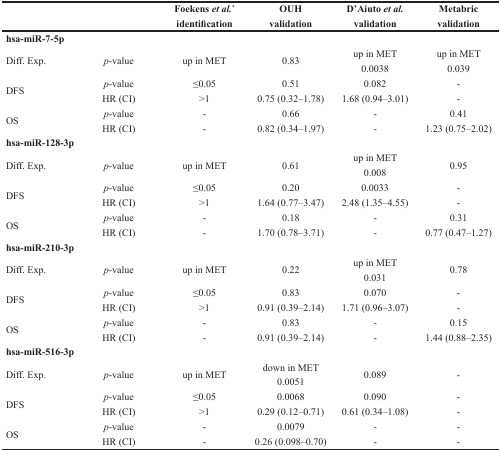
<table><thead><tr><td colspan="2"></td><td><b>Foekens <i>et al.</i><sup>*</sup>identification</b></td><td><b>OUHvalidation</b></td><td><b>D’Aiuto <i>et al.</i>validation</b></td><td><b>Metabricvalidation</b></td></tr></thead><tbody><tr><td><b>hsa-miR-7-5p</b></td><td></td><td></td><td></td><td></td><td></td></tr><tr><td rowspan="2">Diff. Exp.</td><td rowspan="2"><i>p</i>-value</td><td rowspan="2">up in MET</td><td rowspan="2">0.83</td><td>up in MET</td><td>up in MET</td></tr><tr><td>0.0038</td><td>0.039</td></tr><tr><td rowspan="2">DFS</td><td><i>p</i>-value</td><td>≤0.05</td><td>0.51</td><td>0.082</td><td>-</td></tr><tr><td>HR (CI)</td><td>&gt;1</td><td>0.75 (0.32–1.78)</td><td>1.68 (0.94–3.01)</td><td>-</td></tr><tr><td rowspan="2">OS</td><td><i>p</i>-value</td><td>-</td><td>0.66</td><td>-</td><td>0.41</td></tr><tr><td>HR (CI)</td><td>-</td><td>0.82 (0.34–1.97)</td><td>-</td><td>1.23 (0.75–2.02)</td></tr><tr><td><b>hsa-miR-128-3p</b></td><td></td><td></td><td></td><td></td><td></td></tr><tr><td rowspan="2">Diff. Exp.</td><td rowspan="2"><i>p</i>-value</td><td rowspan="2">up in MET</td><td rowspan="2">0.61</td><td>up in MET</td><td rowspan="2">0.95</td></tr><tr><td>0.008</td></tr><tr><td rowspan="2">DFS</td><td><i>p</i>-value</td><td>≤0.05</td><td>0.20</td><td>0.0033</td><td>-</td></tr><tr><td>HR (CI)</td><td>&gt;1</td><td>1.64 (0.77–3.47)</td><td>2.48 (1.35–4.55)</td><td>-</td></tr><tr><td rowspan="2">OS</td><td><i>p</i>-value</td><td>-</td><td>0.18</td><td>-</td><td>0.31</td></tr><tr><td>HR (CI)</td><td>-</td><td>1.70 (0.78–3.71)</td><td>-</td><td>0.77 (0.47–1.27)</td></tr><tr><td><b>hsa-miR-210-3p</b></td><td></td><td></td><td></td><td></td><td></td></tr><tr><td rowspan="2">Diff. Exp.</td><td rowspan="2"><i>p</i>-value</td><td rowspan="2">up in MET</td><td rowspan="2">0.22</td><td>up in MET</td><td rowspan="2">0.78</td></tr><tr><td>0.031</td></tr><tr><td rowspan="2">DFS</td><td><i>p</i>-value</td><td>≤0.05</td><td>0.83</td><td>0.070</td><td>-</td></tr><tr><td>HR (CI)</td><td>&gt;1</td><td>0.91 (0.39–2.14)</td><td>1.71 (0.96–3.07)</td><td>-</td></tr><tr><td rowspan="2">OS</td><td><i>p</i>-value</td><td>-</td><td>0.83</td><td>-</td><td>0.15</td></tr><tr><td>HR (CI)</td><td>-</td><td>0.91 (0.39–2.14)</td><td>-</td><td>1.44 (0.88–2.35)</td></tr><tr><td><b>hsa-miR-516-3p</b></td><td></td><td></td><td></td><td></td><td></td></tr><tr><td rowspan="2">Diff. Exp.</td><td rowspan="2"><i>p</i>-value</td><td rowspan="2">up in MET</td><td>down in MET</td><td rowspan="2">0.089</td><td rowspan="2">-</td></tr><tr><td>0.0051</td></tr><tr><td rowspan="2">DFS</td><td><i>p</i>-value</td><td>≤0.05</td><td>0.0068</td><td>0.090</td><td>-</td></tr><tr><td>HR (CI)</td><td>&gt;1</td><td>0.29 (0.12–0.71)</td><td>0.61 (0.34–1.08)</td><td>-</td></tr><tr><td rowspan="2">OS</td><td><i>p</i>-value</td><td>-</td><td>0.0079</td><td>-</td><td>-</td></tr><tr><td>HR (CI)</td><td>-</td><td>0.26 (0.098–0.70)</td><td>-</td><td>-</td></tr></tbody></table>